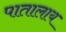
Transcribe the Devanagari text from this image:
पातालाय